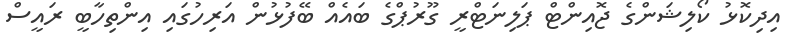
އިދިކޮޅު ކޯލިޝަންގެ ޖޮއިންޓް ޕަލިނަޓްރީ ގޫރުޕްގެ ބައެއް ބޭފުޅުން އަރިހުގައި އިންތިހާބީ ރައީސް